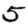
Digit: 5